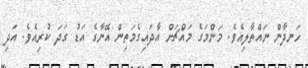
ހަނދާން ނައްތާލިއެވެ. މަންމަގެ މައްޗަށް އާދައިގެމަތިން އޭނާގެ އަޑު ގަދަ ކުރިއެވެ. އަދި